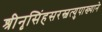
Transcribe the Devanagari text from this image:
श्रीनृसिंहसरस्वत्युपाख्याने